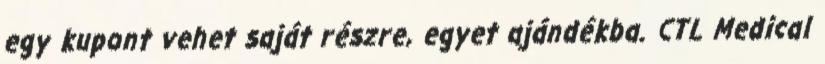
egy kupont vehet saját részre, egyet ajándékba. CTL Medical